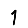
Digit: 1